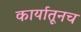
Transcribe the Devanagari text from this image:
कार्यातूनच